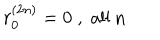
r _ { 0 } ^ { ( 2 n ) } = 0 \; , \; \mathrm { a l l ~ n }